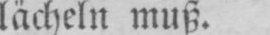
lächeln muß.